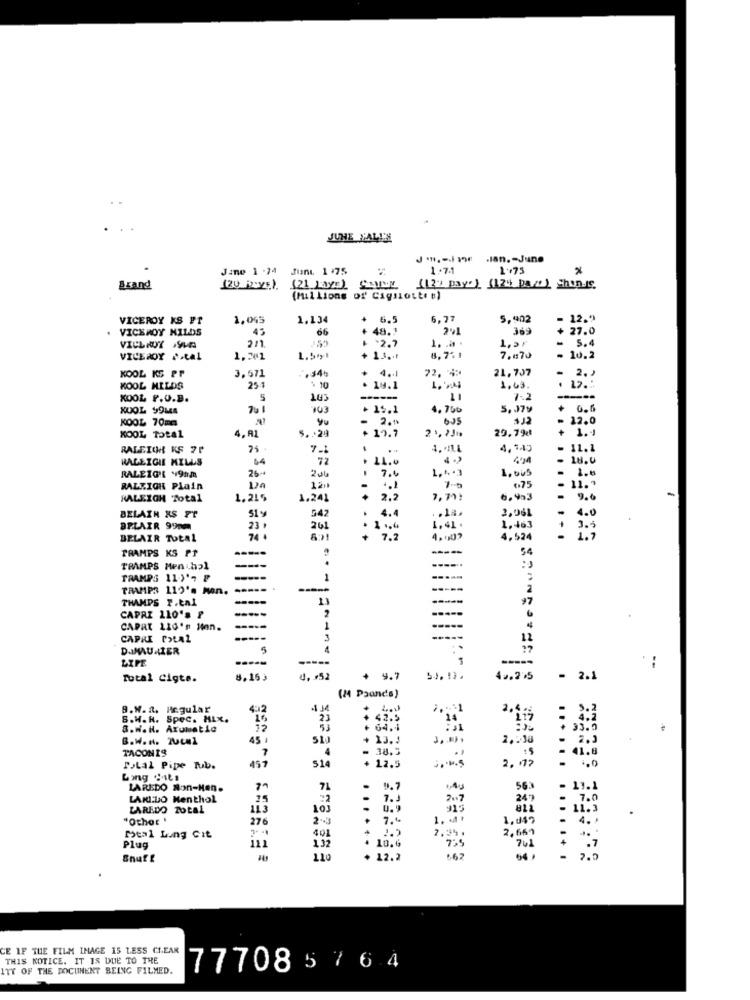
JUNE YALI'S
J .- 3 .Jan .- June
Jane 1 -24
Jun. 1 .75
1.71
1.75
Brand
(21 )avD)
(123 pay" ) (124 Da " ) Shon- c.
(millions of' Cagnotte ")
VICEROY KS FT
1,045
1,134
6.77
5,902
12.9
. VICEROY NILDS
45
66
48.1
369
+ 27.0
.2.7
1,21
5.4
VICEROY SUA
2/1.
1. . a.
VICEROY Ptal
1,241
1.5+1
8,7% 1
7,070
- 10.2
KOOL KS Pr
3,571
4 ..
72. 4
21,707
- 2. )
KOOL HILDS
25 1
$ 10
19.1
1.43.
. 12 ...
KOOL P.O.B.
5
7:2
KOOL 99MA
903
. 15.2
4,760
5,079
KOOL 70mm
20 th
6.05
$12
- 12.0
KOOL Total
5. . 24
29.79¢
+ 1.4
4,A1
+ 19.7
RALEIGH KS 7F
7.1
4. * ILL
4,145
- 11.1
RALEIGH MILLS
04
72
- 18.0
RALEIG'R ¥9hm
26-
11.0
1,005
7.4
- 11."
RALEIGH Plain
.75
KALEIGH Total
1.215
1.241
.+
2.2
6, 403
-
9.6
BELAIN KS FT
51
547
2,061
-
4.4
4.0
BPLAIR 99pm
23
261
1,41 .
1,463
BELAIR Total
74+
7. 2
4,524
TRAMPS KS PT
-----
----
54
TRAMPS Menthal
---
TRAMPS 11-1'7 8
TRAMPS 112's Man. -----
THAMPS F.tal
CAPRI 110's ?
2
CAPat 110' Man.
1
CAPRI PotAl
-----
3
12
DAIMAU IER
5
LIFE
-----
--
Total Cigte.
8.15
4. #52
+ 9.7
54.13.
42.275
- 2.1
(24 Pounds)
B.W.R. Regular
402
4 14
S.W.R. Spec. HLX.
16
: 3
8.W. H. Aromatic
53
+ 64.4
B.W. H. 2UL#1
45 1
SL
13.5
TACONIS
7
4
- 38.5
457
514
+ 12.5
PoLal Pipe Tub.
2. 13
......
Ling :its
LAREDO Non-Hen.
71
.
9.7
56%
11.1
LAN:DO Menthol
25
7.3
LAREDO Total
113
103
11:9
"Othor '
276
23
. 7.6
1. 1.
401
4.
Peal Lung Git
. 18.6
2. 69
Plug
111
1.32
Snuff
110
+ 12.2
.....
CE IF THE FILM IMAGE IS LESS CLEAN
THIS NOTICE. IT IS DUE TO THE
ITY OF THE DOCUMENT BEING FILMED.
77708576 4